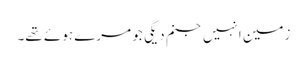
زمین انہیں جنم دیگی جو مرے ہوئے تھے۔